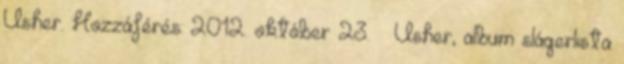
Usher. Hozzáférés: 2012. október 23. ↑ Usher, album slágerlista